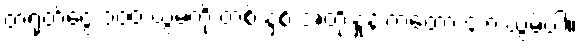
တရုတ်ငွေ ၁၀၀ ယွမ်ကို တစ် နှစ် အတိုးနှုန်းကတော့ ၄.၈ ယွမ်ပါ။